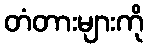
တံတားများကို